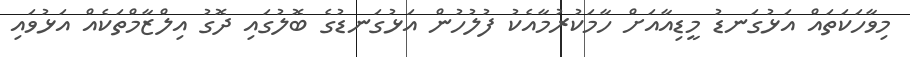
މިވާހަކަތައް އަޅުގަނޑު މީޑިއާއަށް ހާމަކުރުމާއެކު ފުލުހުން އަޅުގަނޑުގެ ބޮލުގައި ދޮގު އިލްޒާމްތަކެއް އަޅުވައި